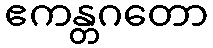
ဧကန္တဂတော